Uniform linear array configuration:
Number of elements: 48
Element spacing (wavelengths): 0.75
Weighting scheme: cosine
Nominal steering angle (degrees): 15
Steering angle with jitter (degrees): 16.025
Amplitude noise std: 0.05
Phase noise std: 0.05

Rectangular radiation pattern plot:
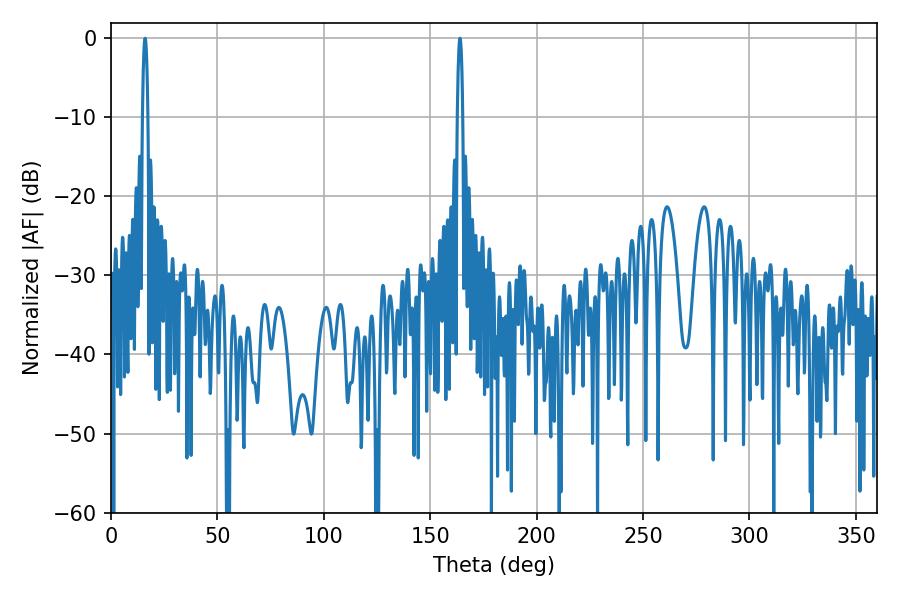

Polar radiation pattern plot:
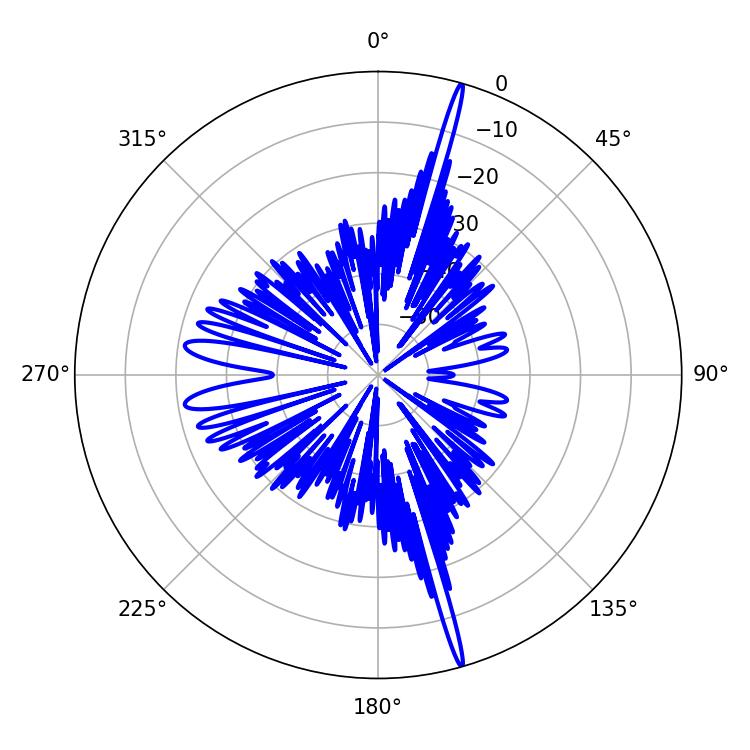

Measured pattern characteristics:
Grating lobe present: TRUE
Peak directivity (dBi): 21.674
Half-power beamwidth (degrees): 1.44
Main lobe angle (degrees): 16.02